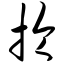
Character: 抡